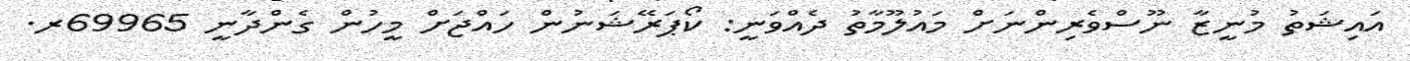
އައިޝަތު މުނީޒާ ނޫސްވެރިންނަށް މައުލޫމާތު ދެއްވަނީ: ކޯޕަރޭޝަނުން ހައްޖަށް މީހުން ގެންދާނީ 69965ރ.